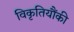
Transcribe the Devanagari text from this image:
विकृतियौंकी